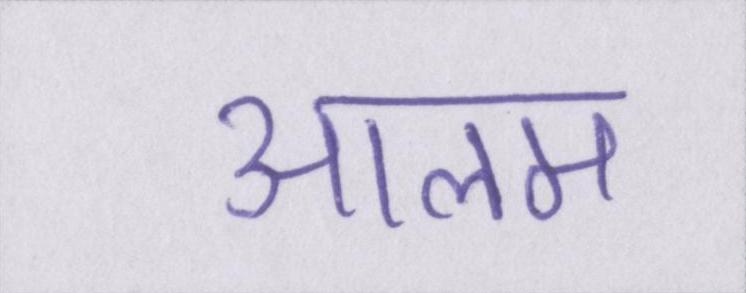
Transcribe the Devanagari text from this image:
आलम